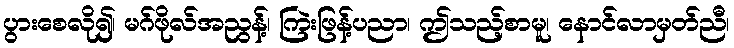
ပွားစေလို၍၊ မဂ်ဖိုလ်အညွန့်၊ ကြဲးဖြန့်ပညာ၊ ဤသည့်စာမူ၊ နောင်လာမှတ်ညီ၊